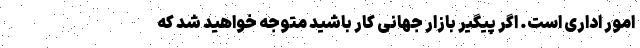
امور اداری است. اگر پیگیر بازار جهانی کار باشید متوجه خواهید شد که